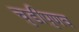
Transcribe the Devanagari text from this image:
चुडीपुणव